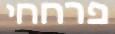
פרחחי